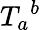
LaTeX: {T_{a}}^{b}